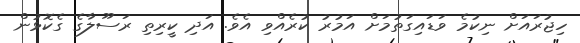
ހިޖުރައަށް ނިކުމެ ވަޑައިގަތުމަށް އަމުރު ކުރެއްވި އެވެ. އަދި ކީރިތި ރަސޫލާގެ ގެކޮޅުން